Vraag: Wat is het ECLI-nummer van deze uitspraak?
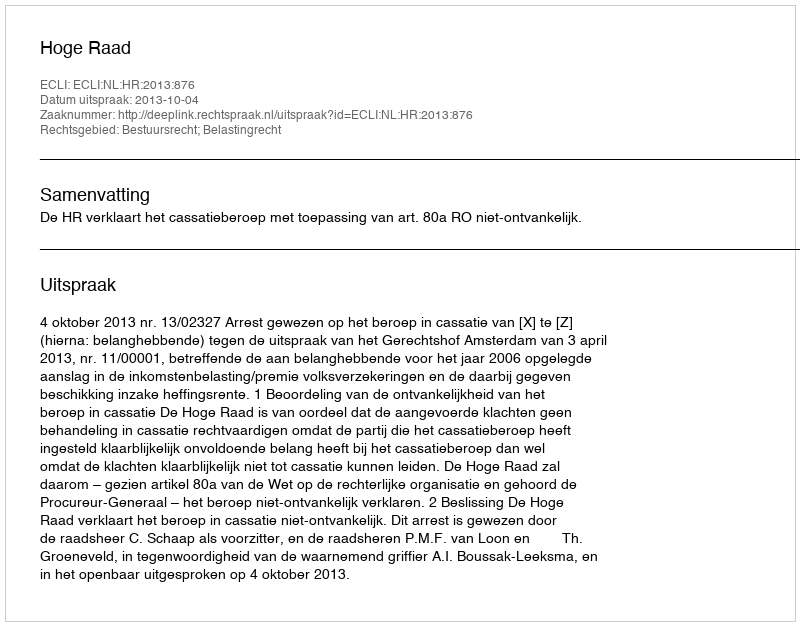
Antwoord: ECLI:NL:HR:2013:876